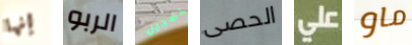
إنها الربو تسجيل الحصى على ماو